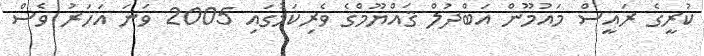
ކުރީގެ ރައީސް މައުމޫން އަބްދުލް ޤައްޔޫމްގެ ވެރިކަމުގައި 2005 ވަނަ އަހަރު ވެސް